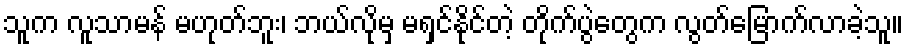
သူက လူသာမန် မဟုတ်ဘူး၊ ဘယ်လိုမှ မရှင်နိုင်တဲ့ တိုက်ပွဲတွေက လွတ်မြောက်လာခဲ့သူ။